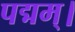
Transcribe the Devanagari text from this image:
पद्मम्।